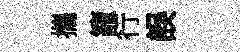
攜籠行誤